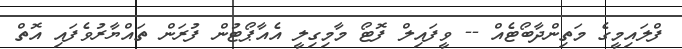
ފްލައިމީގެ މަތިންދާބޯޓެއް -- ވީފައިލް ފޮޓޯ މާމިގިލީ އެއާޕޯޓުން ފުރަން ތައްޔާރުވެފައި އޮތް